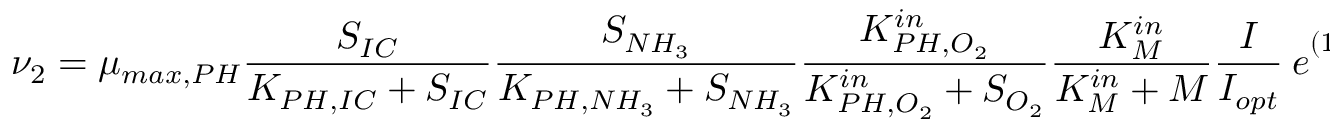
\nu _ { 2 } = \mu _ { m a x , P H } \frac { S _ { I C } } { K _ { P H , I C } + S _ { I C } } \frac { S _ { N H _ { 3 } } } { K _ { P H , N H _ { 3 } } + S _ { N H _ { 3 } } } \frac { K _ { P H , O _ { 2 } } ^ { i n } } { K _ { P H , O _ { 2 } } ^ { i n } + S _ { O _ { 2 } } } \frac { K _ { M } ^ { i n } } { K _ { M } ^ { i n } + M } \frac { I } { I _ { o p t } } \ e ^ { ( 1 - ( \frac { I } { I _ { o p t } } ) } \ f _ { P H }